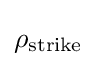
\rho _{\text{strike}}